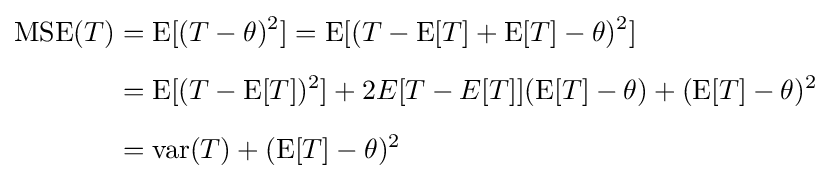
{\begin{aligned}\operatorname {MSE} (T)&=\operatorname {E} [(T-\theta )^{2}]=\operatorname {E} [(T-\operatorname {E} [T]+\operatorname {E} [T]-\theta )^{2}]\\[5pt]&=\operatorname {E} [(T-\operatorname {E} [T])^{2}]+2E[T-E[T]](\operatorname {E} [T]-\theta )+(\operatorname {E} [T]-\theta )^{2}\\[5pt]&=\operatorname {var} (T)+(\operatorname {E} [T]-\theta )^{2}\end{aligned}}